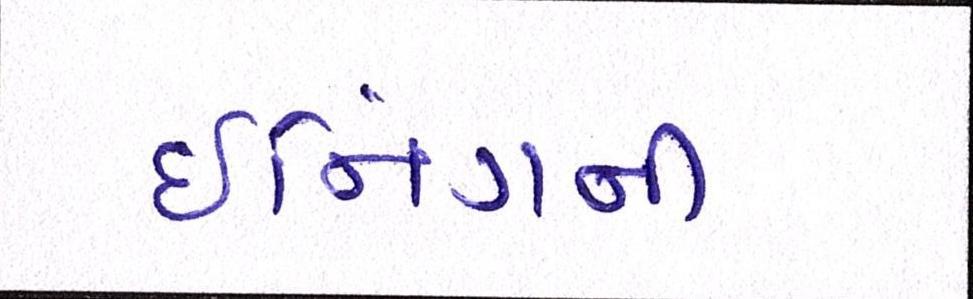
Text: ઈનિંગની